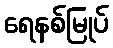
ရေနစ်မြုပ်